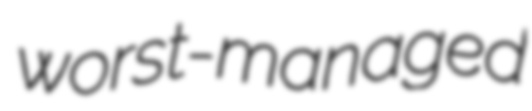
worst-managed